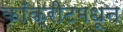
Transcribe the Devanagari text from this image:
काँक्रीटमधून